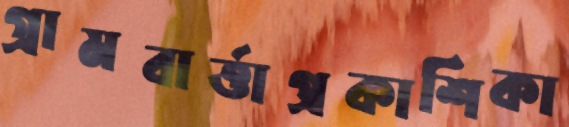
গ্রামবার্ত্তাপ্রকাশিকা